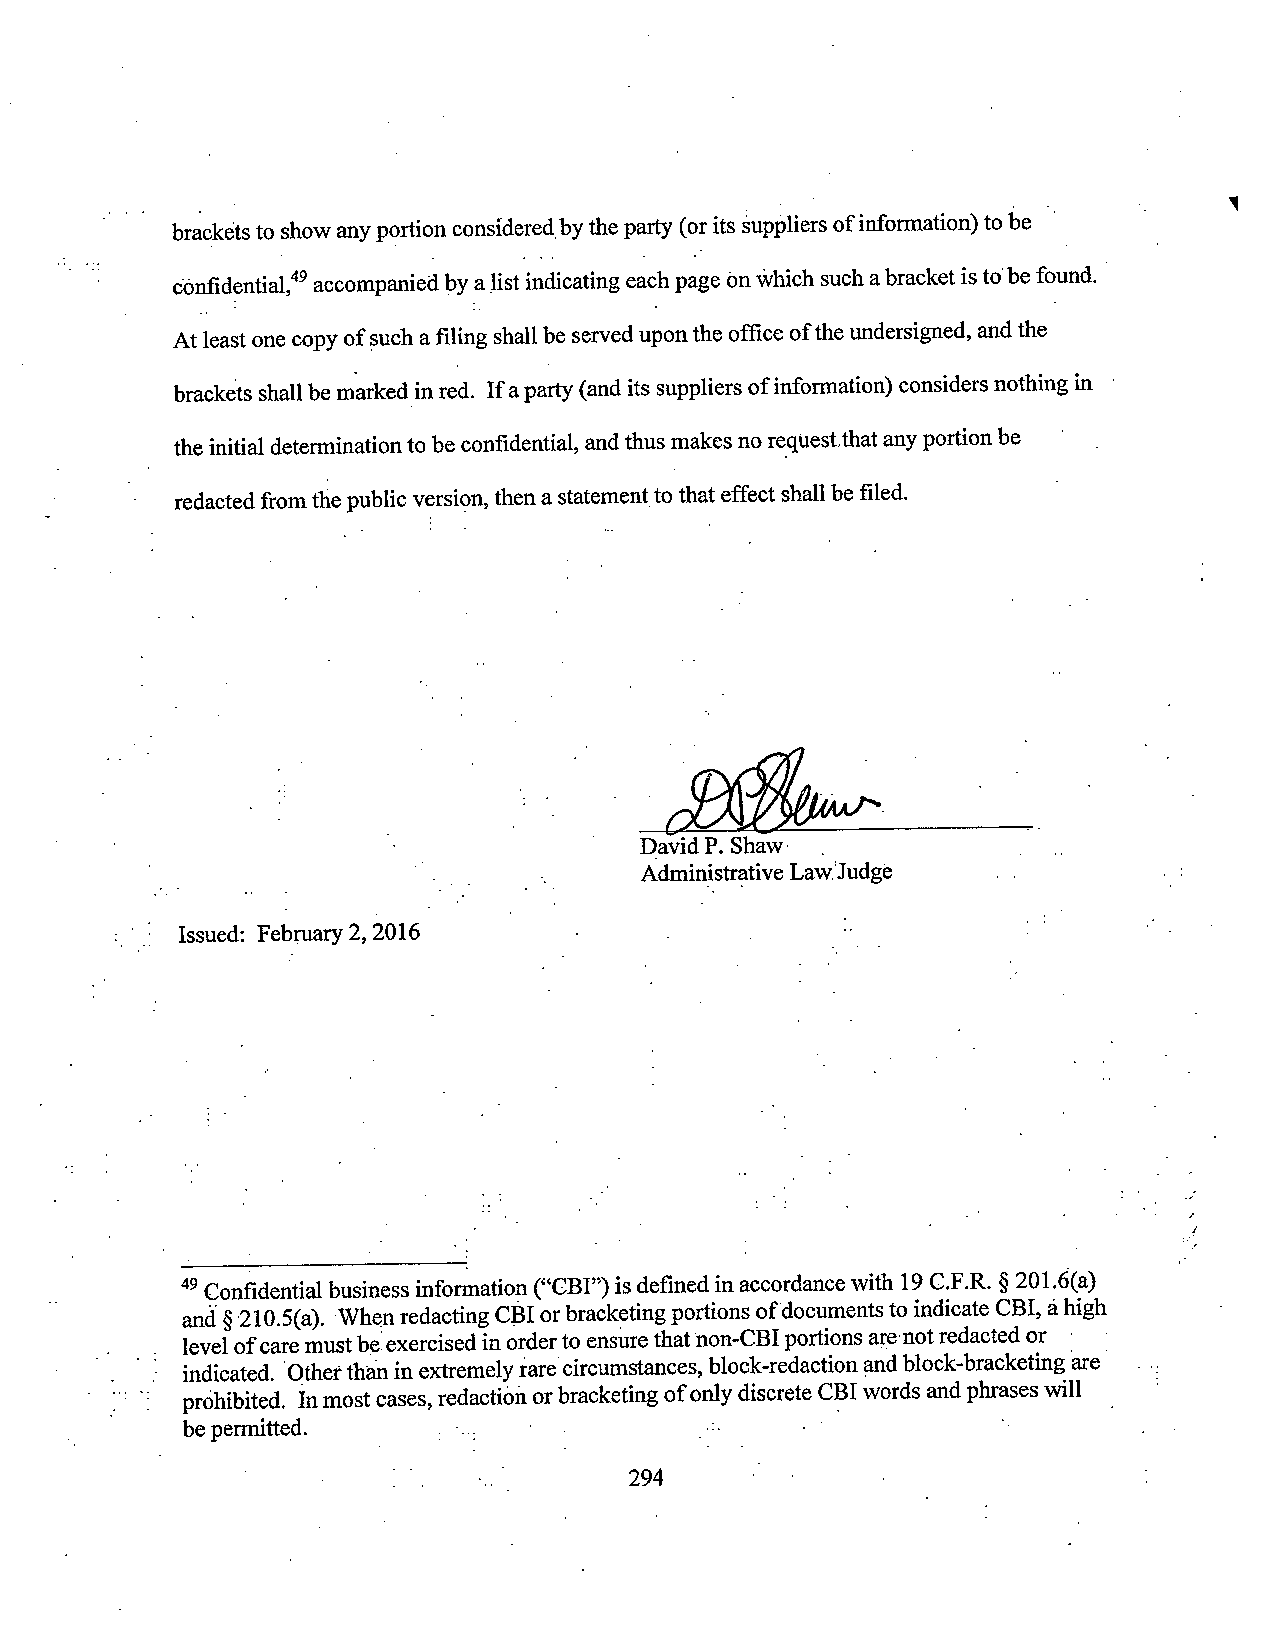
bracketsto show anyportion consideredby theparty (orits suppliersofinformation)tobe '
 confidential,” accompaniedby alist indicatingeachpage onwhich suchabracket isto‘be found.
 Atleastonecopyof suchafiling shallbesewed upon the office oftheundersigned,andthe
 brackets shallbe markedvinred. If aparty(and its suppliers ofinformation) considersnothing in
 the initialdeterminationto be confidential, andthus makes no requestthat anyportion be ' _
 redactedfromthepublicversion,thena statementtothateffect shallbefiled.
 l  David P. Shaw- A
 Y                             Administrative Lawfludge
 Issued: February 2,2016                     ‘
 49Qonfidential business infonnation (“CB1”)is defined in accordance with 19C.F.R. §2Ol.6(a)
 and §’21O.5(a)."Whenredacting CBIorbracketing portions ofdocuments to indicate CB1,ahigh
 levelofcaremust be exercised in ordertoensure that non-CBI portions are-notredacted or - ­
 indicated. ‘Otherthan in extremelyrare circumstances, block-redaction andblock-bracketing are '
 prohibited. Inmost cases,redactionorbracketing of onlydiscreteCBIwordsandphrases will
 bepermitted.     :     - .               . » '        ».
 V                         294